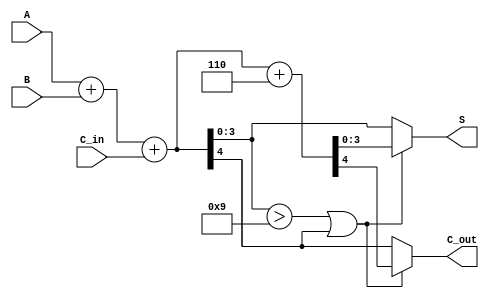
module BCD_Fast_Adder (
    input  wire [3:0] A,      // First BCD digit
    input  wire [3:0] B,      // Second BCD digit
    input  wire C_in,         // Carry-in
    output reg  [3:0] S,      // Resultant BCD sum
    output reg  C_out         // Carry-out
);

    wire [4:0] Sum;           // 5-bit sum to hold A + B + C_in
    wire correction_needed;    // Flag for correction
    wire [4:0] corrected_sum;  // Corrected sum after adding 6

    // Step 1: Perform binary addition
    assign Sum = A + B + C_in;

    // Step 2: Determine if correction is needed
    assign correction_needed = (Sum[3:0] > 9) || (Sum[4] == 1);

    // Step 3: Calculate corrected sum if needed
    assign corrected_sum = Sum + 5'd6;

    // Step 4: Generate final outputs
    always @(*) begin
        if (correction_needed) begin
            S = corrected_sum[3:0]; // Use corrected sum
            C_out = corrected_sum[4]; // Carry-out from corrected sum
        end else begin
            S = Sum[3:0]; // No correction needed
            C_out = Sum[4]; // Carry-out from original sum
        end
    end

endmodule